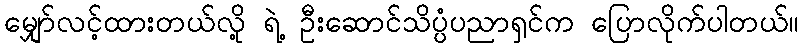
မျှော်လင့်ထားတယ်လို့ ရဲ့ ဦးဆောင်သိပ္ပံပညာရှင်က ပြောလိုက်ပါတယ်။